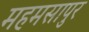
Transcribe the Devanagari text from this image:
महमसापुर